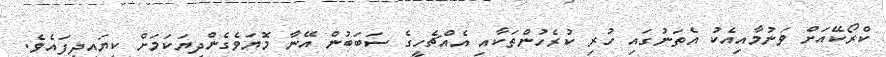
ކްރޯކޭއަށް ވަނުމާއިއެކު އެތަނުގައި ހުރި ކުރެހުންތަކާއި އެއްޗެހީގެ ސަބަބުން އޭނާ މޮޔަވެގެންދިޔަކަމަށް ކިޔައިދީފައެވެ.